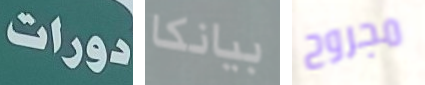
دورات بيانكا مجروح